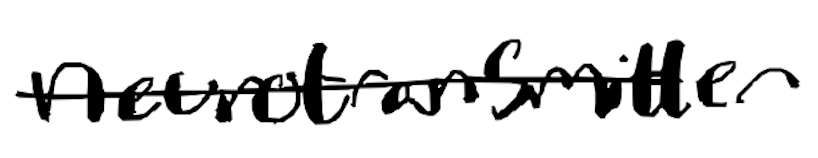
Text: neurotransmitter
Cross-out: single-line
Writing tool: digital_black